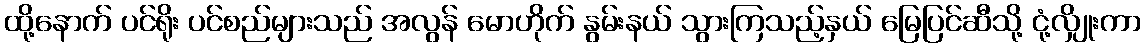
ထို့နောက် ပင်ရိုး ပင်စည်များသည် အလွန် မောဟိုက် နွမ်းနယ် သွားကြသည့်နှယ် မြေပြင်ဆီသို့ ငုံ့လျှိုးကာ